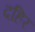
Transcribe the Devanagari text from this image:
दहिर